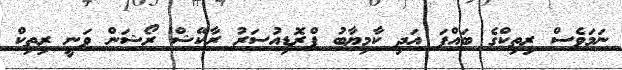
ނަމަވެސް ރިތިކްގެ ބައްޕަ އަދި ކާމިޔާބު ޕްރޮޑިއުސަރު ރާކޭޝް ރޯޝަން ވަނީ ރިތިކް